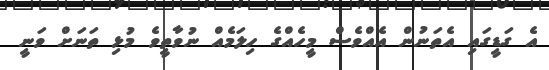
އެ ގަޑީގައި އެތަނުން އެއްވެސް މީހެއްގެ ހިލަމެއް ނުވާތީވެ މުޅި ތަނަށް ވަނީ